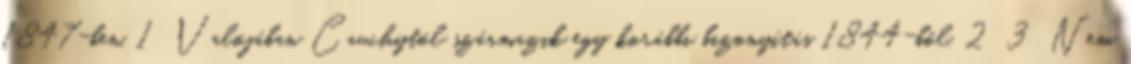
1847-ben. 1 Valójában Cauchytól származik egy korábbi bizonyítás 1844-ből. 2 3 Nem